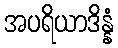
အပရိယာဒိန္နံ